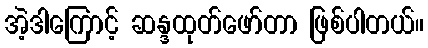
အဲ့ဒါကြောင့် ဆန္ဒထုတ်ဖော်တာ ဖြစ်ပါတယ်။